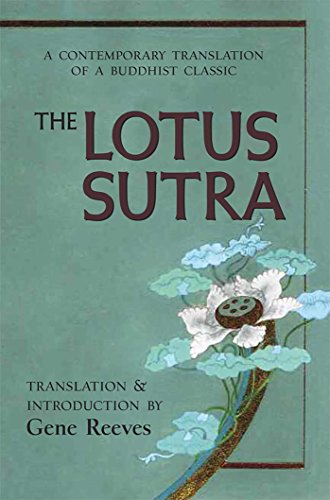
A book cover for The Lotus Sutra: A Contemporary Translation of a Buddhist Classic; Religion & Spirituality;